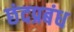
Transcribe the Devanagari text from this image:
छंदप्रबंध